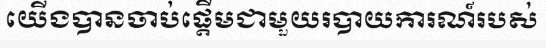
យើងបានចាប់ផ្តើមជាមួយរបាយការណ៍របស់